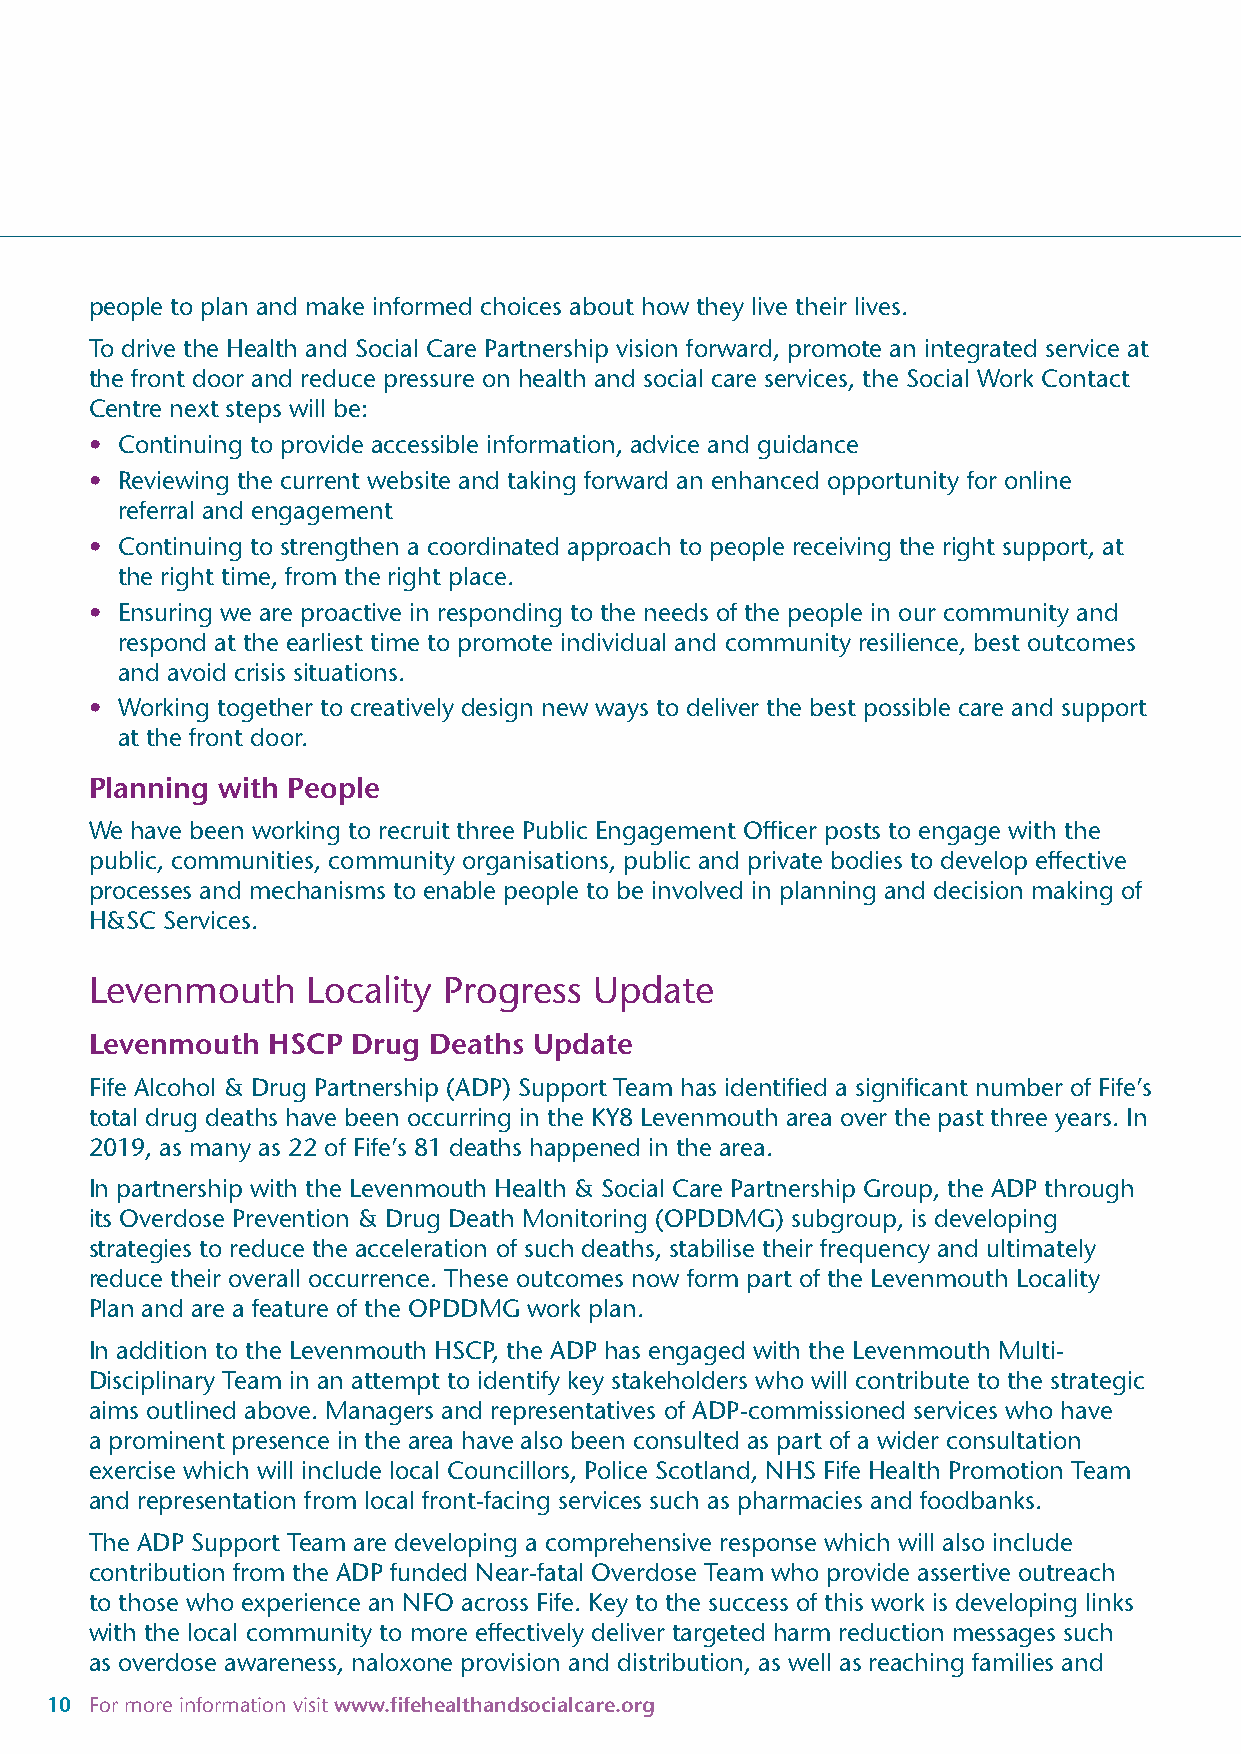
people to plan and make informed choices about how they live their lives.
 To drive the Health and Social Care Partnership vision forward, promote an integrated service at
 the front door and reduce pressure on health and social care services, the Social Work Contact
 Centre next steps will be:
 • Continuing to provide accessible information, advice and guidance
 • Reviewing the current website and taking forward an enhanced opportunity for online
 referral and engagement
 • Continuing to strengthen a coordinated approach to people receiving the right support, at
 the right time, from the right place.
 • Ensuring we are proactive in responding to the needs of the people in our community and
 respond at the earliest time to promote individual and community resilience, best outcomes
 and avoid crisis situations.
 • Working together to creatively design new ways to deliver the best possible care and support
 at the front door.
 Planning with People
 We have been working to recruit three Public Engagement Officer posts to engage with the
 public, communities, community organisations, public and private bodies to develop effective
 processes and mechanisms to enable people to be involved in planning and decision making of
 H&SC Services.
 Levenmouth    Locality Progress  Update
 Levenmouth  HSCP Drug Deaths Update
 Fife Alcohol & Drug Partnership (ADP) Support Team has identified a significant number of Fife’s
 total drug deaths have been occurring in the KY8 Levenmouth area over the past three years. In
 2019, as many as 22 of Fife’s 81 deaths happened in the area.
 In partnership with the Levenmouth Health & Social Care Partnership Group, the ADP through
 its Overdose Prevention & Drug Death Monitoring (OPDDMG) subgroup, is developing
 strategies to reduce the acceleration of such deaths, stabilise their frequency and ultimately
 reduce their overall occurrence. These outcomes now form part of the Levenmouth Locality
 Plan and are a feature of the OPDDMG work plan.
 In addition to the Levenmouth HSCP, the ADP has engaged with the Levenmouth Multi-
 Disciplinary Team in an attempt to identify key stakeholders who will contribute to the strategic
 aims outlined above. Managers and representatives of ADP-commissioned services who have
 a prominent presence in the area have also been consulted as part of a wider consultation
 exercise which will include local Councillors, Police Scotland, NHS Fife Health Promotion Team
 and representation from local front-facing services such as pharmacies and foodbanks.
 The ADP Support Team are developing a comprehensive response which will also include
 contribution from the ADP funded Near-fatal Overdose Team who provide assertive outreach
 to those who experience an NFO across Fife. Key to the success of this work is developing links
 with the local community to more effectively deliver targeted harm reduction messages such
 as overdose awareness, naloxone provision and distribution, as well as reaching families and
 10 For more information visit www.fifehealthandsocialcare.org